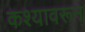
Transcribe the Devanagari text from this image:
कश्यावरून